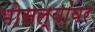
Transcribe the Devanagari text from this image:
भोसल्यांवर